system: You are a helpful assistant.
user:
Analyze the provided spectrum to determine if it is a **"Cataclysmic Variables (CV)"**.

- **Key Indicators for CV (Check for either state):**
    - **State 1: Quiescent / Low-State (Emission-Dominated)**
        - **(Primary):** Strong and *very broad* Hydrogen Balmer emission lines (e.g., $H\alpha$ at 6563 Å, $H\beta$ at 4861 Å). The 'broadness' (high velocity dispersion, often FWHM > 1000 km/s) is the key diagnostic, indicating a high-velocity accretion disk.
        - **(Secondary):** Broad neutral Helium (He I) emission lines (e.g., 5876 Å, 6678 Å).
        - **(Key Confirmation):** Presence of high-excitation *ionized* Helium (He II) emission at 4686 Å. This is a strong indicator of accretion onto a white dwarf.
        - **(Line Profile):** Emission lines may exhibit a 'double-peaked' profile, which is a classic signature of a rotating accretion disk viewed at high inclination.

    - **State 2: Outburst / High-State (Absorption-Dominated)**
        - **(Primary):** Spectrum is dominated by a bright, blue continuum (looks like a hot star).
        - **(Secondary):** The emission lines from State 1 are weak, absent, or 'filled in', and are replaced by broad, shallow *absorption* lines (primarily Balmer and He I).
        - **(Morphology):** The overall spectrum mimics a hot B/A-type star. The crucial difference is that the absorption lines are significantly broader, shallower, and more 'washed-out' (or 'smeared') than the sharp lines of a normal stellar photosphere, due to high rotational speeds and pressure broadening in the disk.

Think first, call **spectral_visualization_tool** if needed to examine features in detail, then provide your final answer. Your response must adhere to the following strict rules:
1.  **Overall Structure:** Your response must follow the format `<think>...</think> <tool_call>...</tool_call> (if a tool is used) <answer>...</answer>`.
2.  **Tool Usage Constraint:** You may only make **one** tool call per turn.
3.  **Final Answer Format:** In the `<answer>` tag, your conclusion must be inside a `\boxed{}` command (e.g., `\boxed{YES}`), followed by your justification.

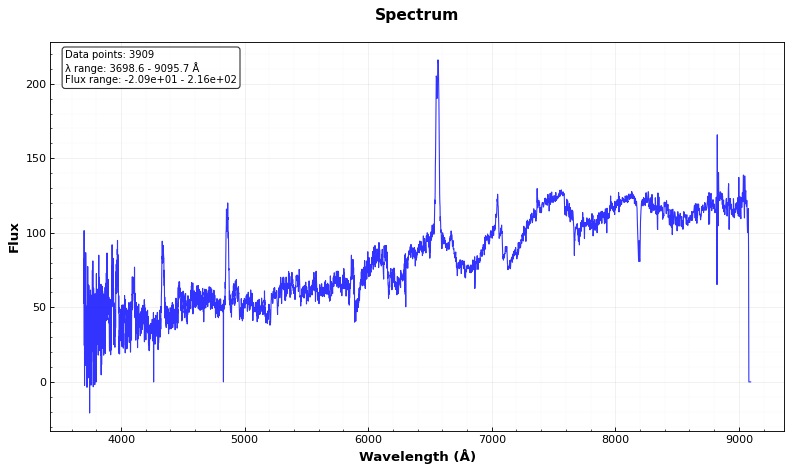
Answer: YES